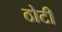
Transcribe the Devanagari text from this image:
ठोटी